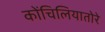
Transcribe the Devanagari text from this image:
कोंचिलियातोरे